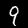
Digit: 9